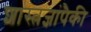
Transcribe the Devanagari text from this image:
शास्त्रज्ञांपैकी